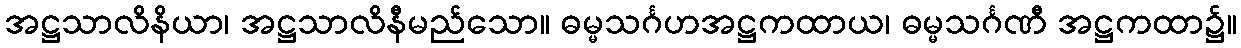
အဋ္ဌသာလိနိယာ၊ အဋ္ဌသာလိနီမည်သော။ ဓမ္မသင်္ဂဟအဋ္ဌကထာယ၊ ဓမ္မသင်္ဂဏီ အဋ္ဌကထာ၌။